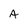
Character: A